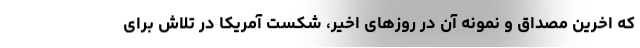
که اخرین مصداق و نمونه آن در روزهای اخیر، شکست آمریکا در تلاش برای